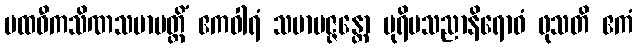
ပထဝီကသိဏသမာပတ္တိံ ဧကဝါရံ သမာပဇ္ဇန္တော ပုရိမသညာနိရောဓံ ဖုသတိ ဧကံ